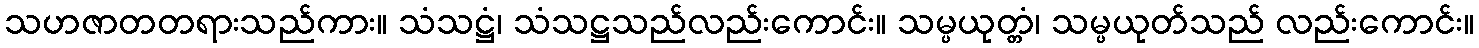
သဟဇာတတရားသည်ကား။ သံသဋ္ဌံ၊ သံသဋ္ဌသည်လည်းကောင်း။ သမ္ပယုတ္တံ၊ သမ္ပယုတ်သည် လည်းကောင်း။